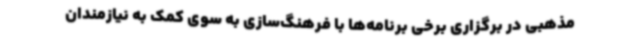
مذهبی در برگزاری برخی برنامه‌ها با فرهنگ‌سازی به سوی کمک به نیازمندان